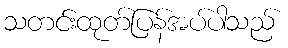
သတင်းထုတ်ပြန်အပ်ပါသည်